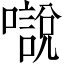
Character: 𡁾